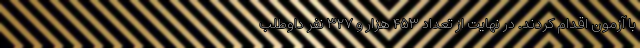
با آزمون اقدام کردند. در نهایت از تعداد ۴۵۳ هزار و ۳۲۷ نفر داوطلب